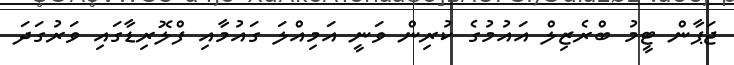
ޖަޕާން ޓީމު ބްރެޒިލް އައުމުގެ ކުރިން ވަނީ އަމިއްލަ ގައުމާއި ފްލޮރިޑާގައި ވަރުގަދަ